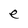
Character: e